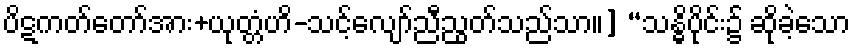
ပိဋကတ်တော်အား+ယုတ္တံဟိ-သင့်လျော်ညီညွတ်သည်သာ။] “သန္ဓိပိုင်း၌ ဆိုခဲ့သော